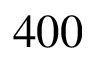
4 0 0